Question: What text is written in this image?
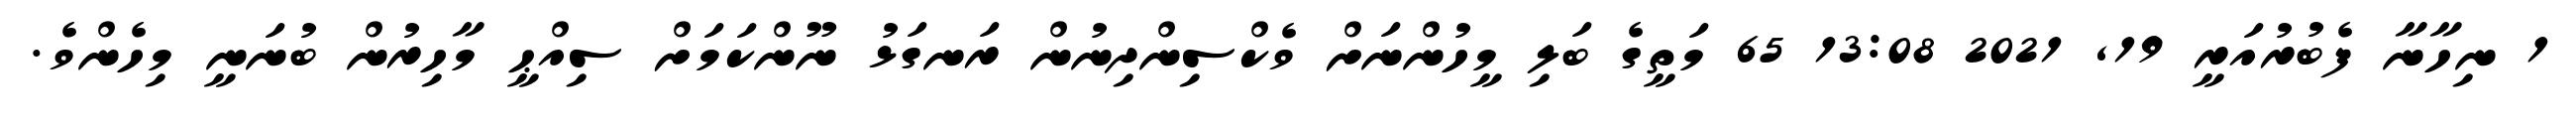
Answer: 1 ނިހާނާ ފެބުރުއަރީ 19, 2021 13:08 65 މަތީގެ ބަލި މީހުންނަށް ވެކްސިންދިނުން ރަނގަޅު ނޫންކަމަށް ސިއްޙީ މާހިރުން ބުނަނީ މިހެންވެ.